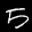
Label: 5